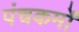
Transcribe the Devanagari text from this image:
पंचकर्मों